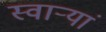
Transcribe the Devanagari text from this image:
स्वार्‍यां